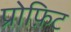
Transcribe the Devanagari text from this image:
प्रोफ़िट